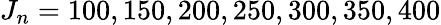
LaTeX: J_{n}=100,150,200,250,300,350,400